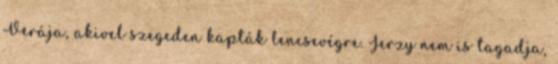
Verája, akivel szegeden kapták lencsevégre. Jerzy nem is tagadja,